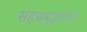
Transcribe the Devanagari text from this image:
सहस्रबुद्ध्यांचा